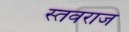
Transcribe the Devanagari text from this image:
स्तवराज